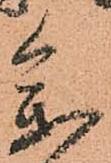
参